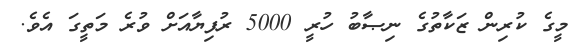
މީގެ ކުރިން ޒަކާތުގެ ނިޞާބު ހުރީ 5000 ރުފިޔާއަށް ވުރެ މަތީގަ އެވެ.